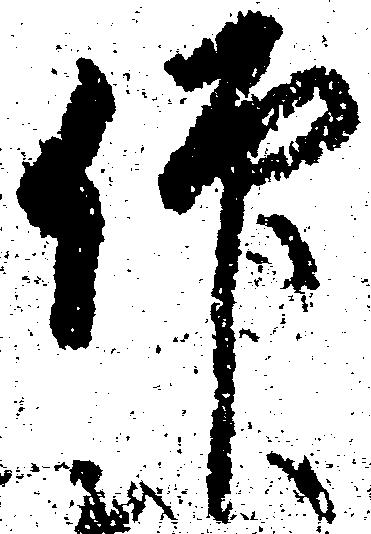
仰